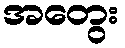
အတွေး